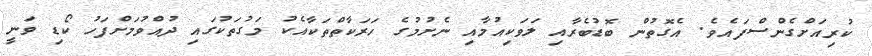
ކުރިއަށްގެންސްފައެވެ. އެގޮތުން ބޮޑުބެރާއި ލަވަކިއުމާއި ނެށުމުގެ ހަރަކާތްތަކާއެކު މަގުތަކުގައި ދުއްވުމަށްފަހު ކޯޑި ވަނީ